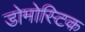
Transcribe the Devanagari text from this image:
डोमोस्टिक